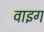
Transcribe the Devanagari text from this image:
वाइग